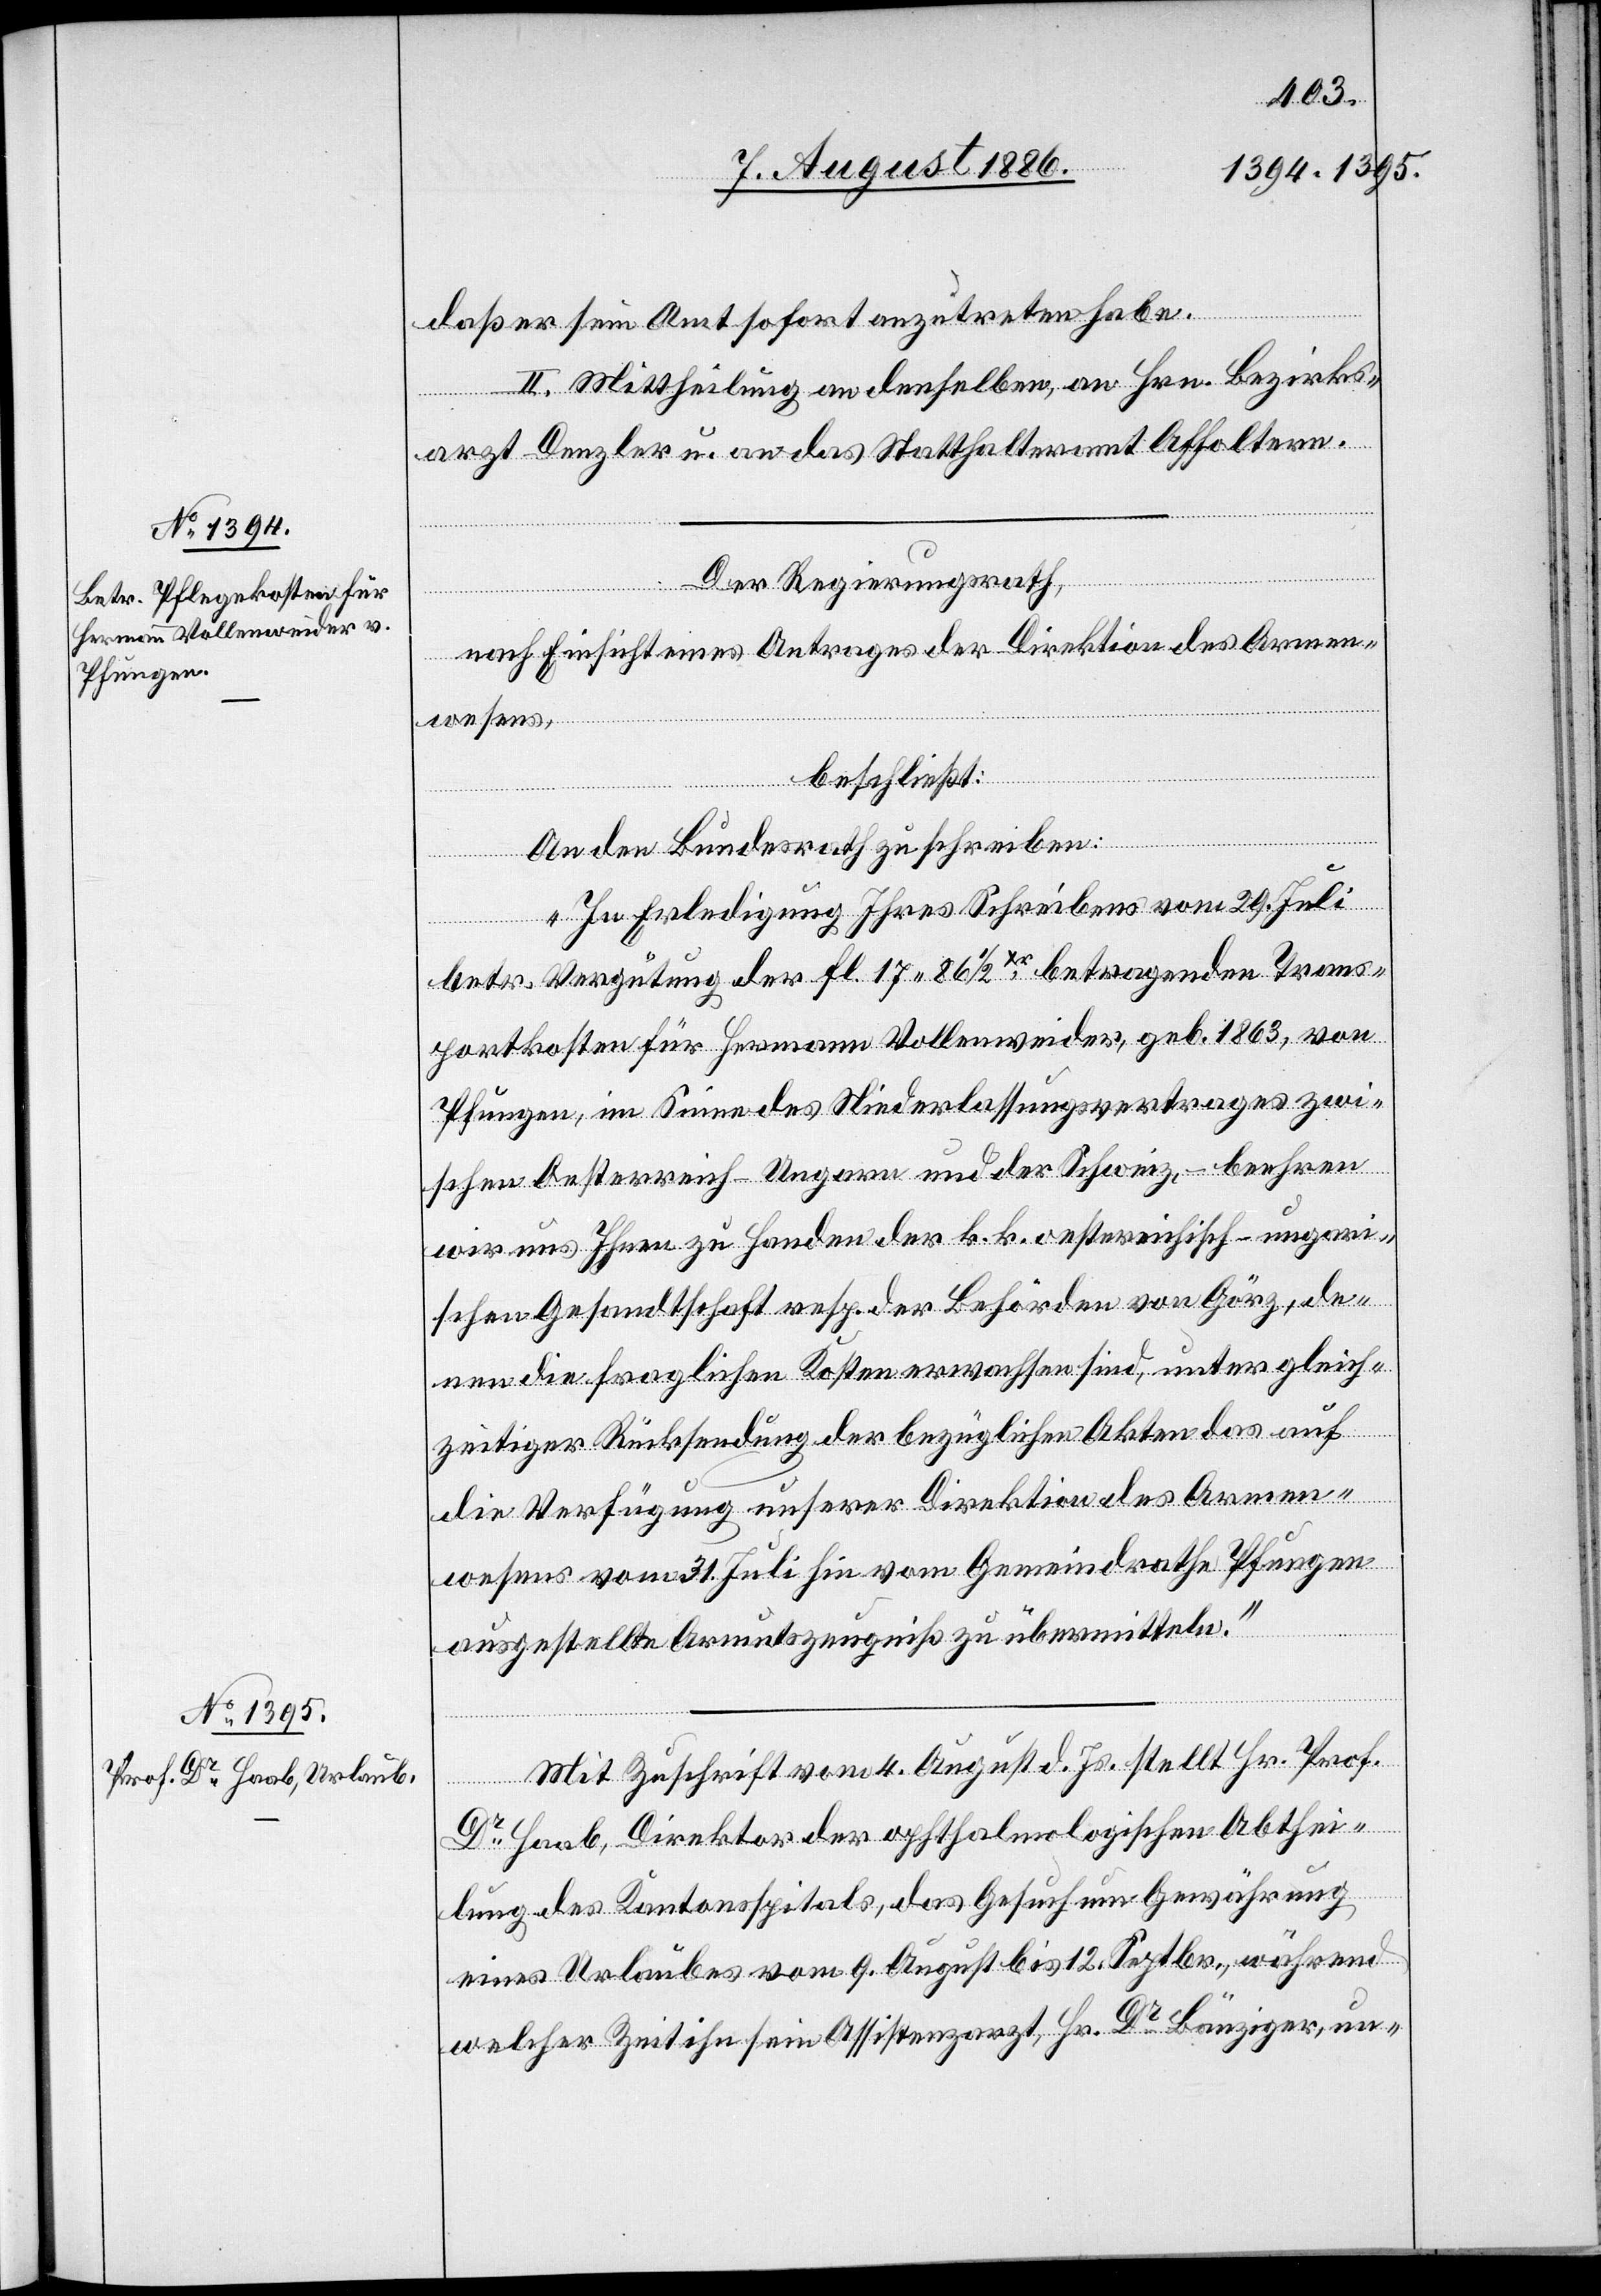
daß er sein Amt sofort anzutreten habe.
II. Mittheilung an denselben, an Hrn. Bezirks¬
arzt Denzler u. an das Statthalteramt Affoltern.
Der Regierungsrath,
nach Einsicht eines Antrages der Direktion des Armen¬
wesens,
beschließt:
An den Bundesrath zu schrieben:
„In Erledigung Ihres Schreibens vom 29. Juli
betr. Vergütung der Fl. 17 86 1/2Xr betragenden Trans¬
portkosten für Hermann Vollenweider, geb. 1863, von
Pfungen, im Sinne des Niederlassungsvertrages zwi¬
schen Oesterreich-Ungarn und der Schweiz, – beehren
wir uns Ihnen zu Handen der k. k. oesterreichisch-ungari¬
schen Gesandtschaft resp. der Behörden von Görz, de¬
nen die fraglichen Kosten erwachsen sind, unter gleich¬
zeitiger Rücksendung der bezüglichen Akten das auf
die Verfügung unserer Direktion des Armen¬
wesens vom 31. Juli hin vom Gemeindrathe Pfungen
ausgestellte Armutszeugniß zu übermitteln.“
Mit Zuschrift vom 4. August d. Js. stellt Hr. Prof.
Dr Haab, Direktor der ophthalmologischen Abthei¬
lung des Kantonsspitals, das Gesuch um Gewährung
eines Urlaubes vom 9. August bis 12. Septbr., während
welcher Zeit ihn sein Assistenzarzt, Hr. Dr Bänziger, un-